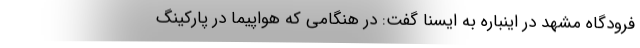
فرودگاه مشهد در اینباره به ایسنا گفت: در هنگامی که هواپیما در پارکینگ